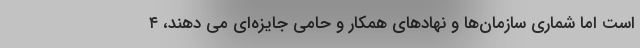
است اما شماری سازمان‌ها و نهادهای همکار و حامی جایزه‌ای می دهند، ۴